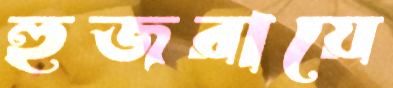
হুজরায়ে